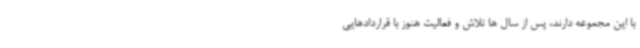
با این مجموعه دارند، پس از سال ها تلاش و فعالیت هنوز با قراردادهایی